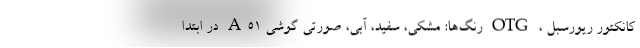
کانکتور ریورسبل ، OTG رنگ‌ها: مشکی، سفید، آبی، صورتی گوشی A۵۱ در ابتدا